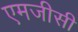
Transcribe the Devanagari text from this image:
एमजीसी